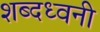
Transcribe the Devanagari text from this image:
शब्दध्वनी